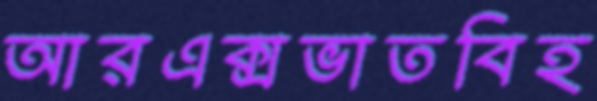
আরএক্সভাতবিহ